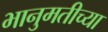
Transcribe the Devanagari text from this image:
भानुमतीच्या